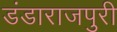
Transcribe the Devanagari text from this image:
डंडाराजपुरी